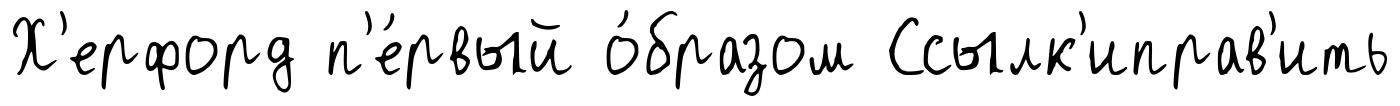
Х'ерфорд п'е́рвый о́бразом Ссылк'иправ'ить